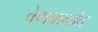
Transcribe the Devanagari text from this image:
वेगवानांत